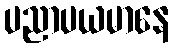
ပညာပယမာနေ